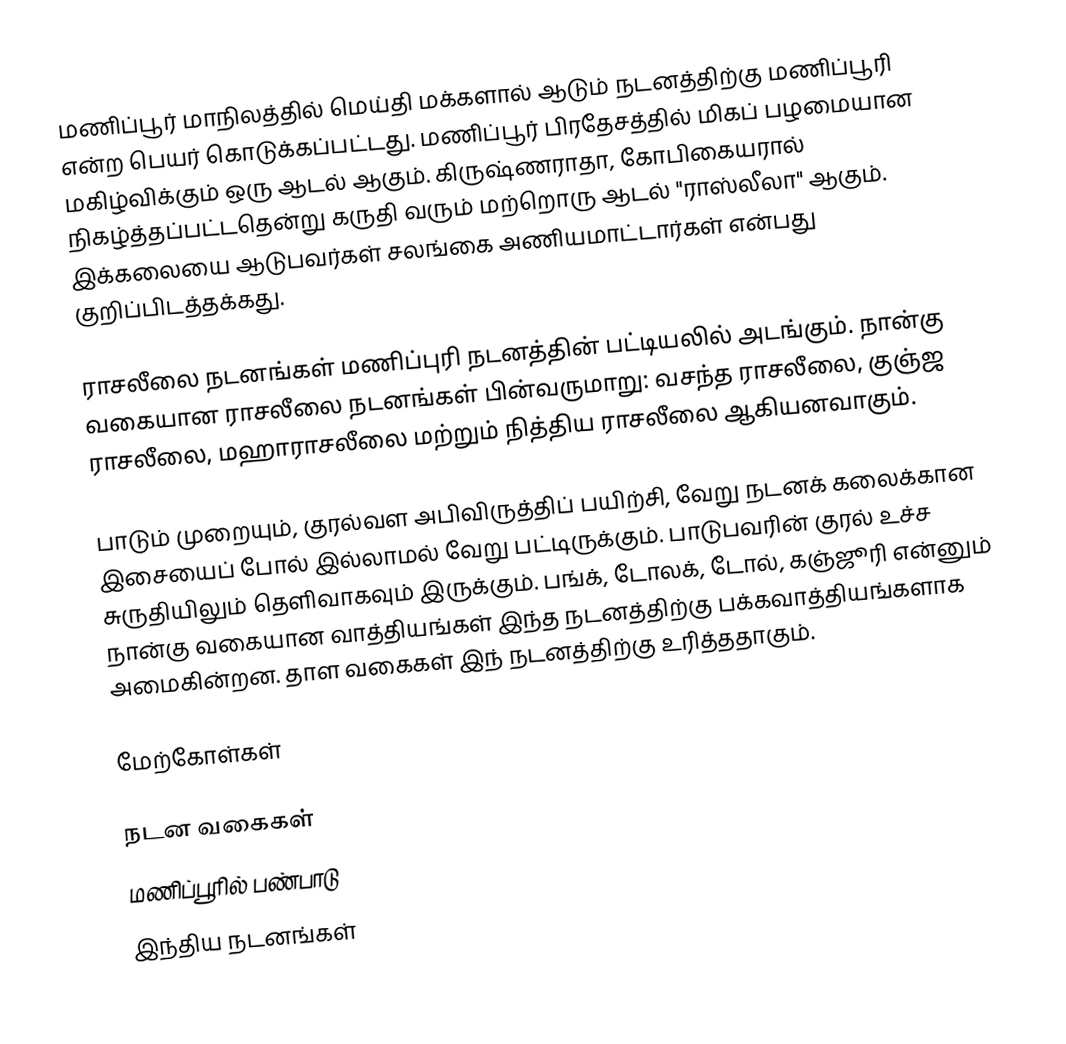
மணிப்பூர் மாநிலத்தில் மெய்தி மக்களால் ஆடும் நடனத்திற்கு மணிப்பூரி என்ற பெயர் கொடுக்கப்பட்டது. மணிப்பூர் பிரதேசத்தில் மிகப் பழமையான மகிழ்விக்கும் ஒரு ஆடல் ஆகும். கிருஷ்ணராதா, கோபிகையரால் நிகழ்த்தப்பட்டதென்று கருதி வரும் மற்றொரு ஆடல் "ராஸ்லீலா" ஆகும். இக்கலையை ஆடுபவர்கள் சலங்கை அணியமாட்டார்கள் என்பது குறிப்பிடத்தக்கது.

ராசலீலை நடனங்கள் மணிப்புரி நடனத்தின் பட்டியலில் அடங்கும். நான்கு வகையான ராசலீலை நடனங்கள் பின்வருமாறு: வசந்த ராசலீலை, குஞ்ஜ ராசலீலை, மஹாராசலீலை மற்றும் நித்திய ராசலீலை ஆகியனவாகும்.

பாடும் முறையும், குரல்வள அபிவிருத்திப் பயிற்சி, வேறு நடனக் கலைக்கான இசையைப் போல் இல்லாமல் வேறு பட்டிருக்கும். பாடுபவரின் குரல் உச்ச சுருதியிலும் தெளிவாகவும் இருக்கும். பங்க், டோலக், டோல், கஞ்ஜூரி என்னும் நான்கு வகையான வாத்தியங்கள் இந்த நடனத்திற்கு பக்கவாத்தியங்களாக அமைகின்றன. தாள வகைகள் இந் நடனத்திற்கு உரித்ததாகும்.

மேற்கோள்கள்

நடன வகைகள்
மணிப்பூரில் பண்பாடு
இந்திய நடனங்கள்